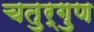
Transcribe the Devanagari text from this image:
चतुर्गुण